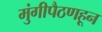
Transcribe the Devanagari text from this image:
मुंगीपैठणहून